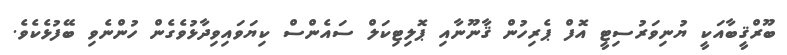
ބޫރްޤީބާއަކީ ޔުނިވަރުސިޓީ އޮފް ޕެރިހުން ޤާނޫނާއި ޕޮލިޓިކަލް ސައެންސް ކިޔަވައިވިދާޅުވެގެން ހުންނެވި ބޭފުޅެކެވެ.